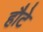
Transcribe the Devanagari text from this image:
हौटे